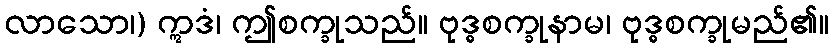
လာသော၊) ဣဒံ၊ ဤစက္ခုသည်။ ဗုဒ္ဓစက္ခုနာမ၊ ဗုဒ္ဓစက္ခုမည်၏။